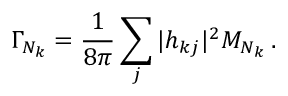
\Gamma _ { N _ { k } } = \frac { 1 } { 8 \pi } \sum _ { j } | h _ { k j } | ^ { 2 } M _ { N _ { k } } \, .